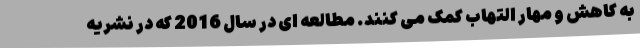
به کاهش و مهار التهاب کمک می کنند. مطالعه ای در سال 2016 که در نشریه